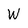
Character: W